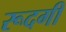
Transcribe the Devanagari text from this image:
रूदगी